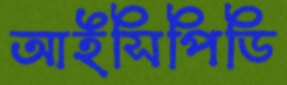
আইসিপিডি